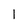
Character: 1